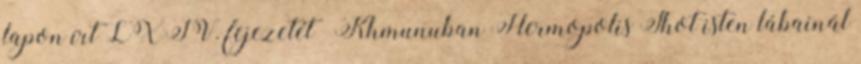
lapon írt LXIV. fejezetét «Khmunuban Hermopolis Thot isten lábainál